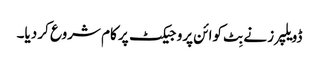
ڈویلپرز نے بِٹ کوائن پروجیکٹ پر کام شروع کر دیا۔